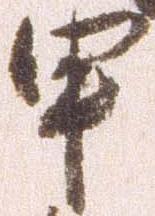
申